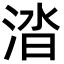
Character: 涾